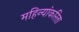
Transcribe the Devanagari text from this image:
महिन्यांकरिता